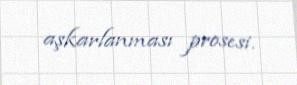
aşkarlanması prosesi.